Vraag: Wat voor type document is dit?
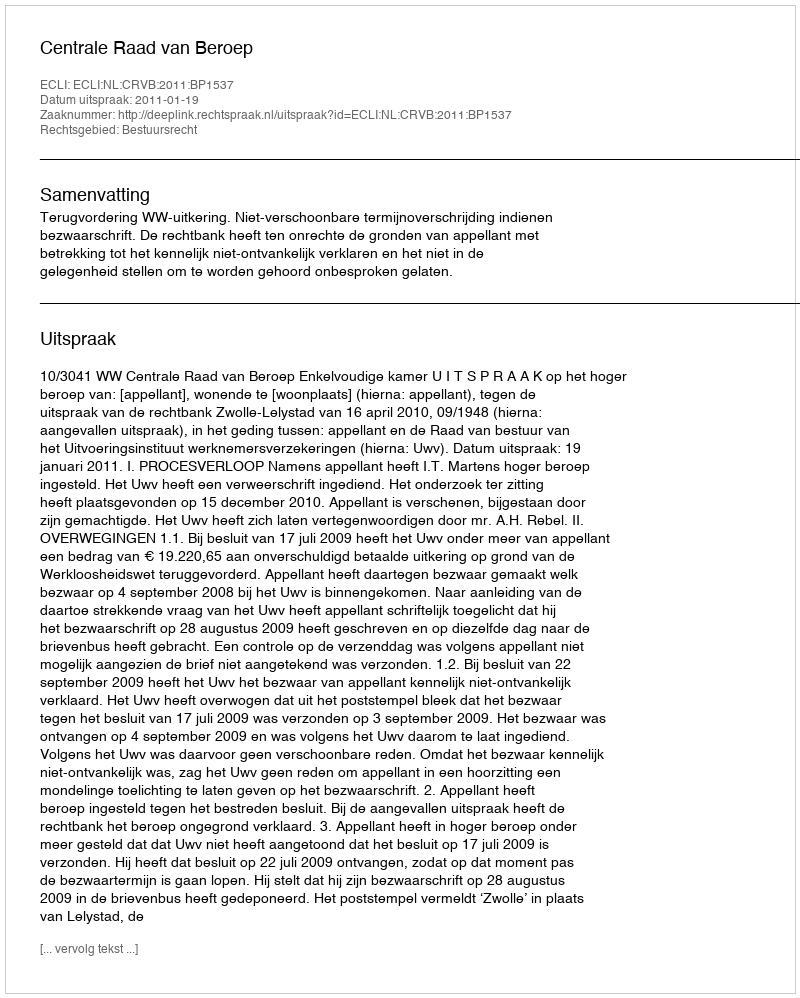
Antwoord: Uitspraak